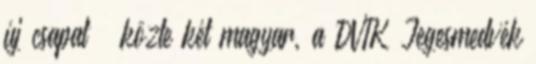
új csapat – közte két magyar, a DVTK Jegesmedvék